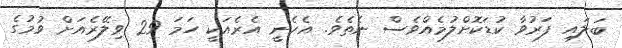
ބަލައި ފަރުވާ ކުޑަކޮށްލުމެއްވެސް ނެތެވެ. އެހެނީ އެރެއަކީ ހަމަ 29 ވިލޭރެއަށް ވުމުގެ